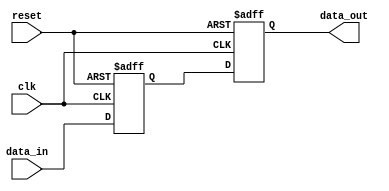
module negative_edge_example (
    input wire clk,        // Clock signal
    input wire reset,      // Asynchronous reset signal
    input wire data_in,    // Input data
    output reg data_out    // Output data
);

    // Internal state variable
    reg internal_state;

    // Always block sensitive to the negative edge of the clock
    always @(negedge clk or posedge reset) begin
        if (reset) begin
            // Reset condition: initialize internal state and output
            internal_state <= 1'b0;
            data_out <= 1'b0;
        end else begin
            // State transition logic on negative edge of clock
            internal_state <= data_in; // Capture input data
            data_out <= internal_state; // Update output based on internal state
        end
    end

endmodule